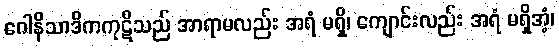
ဂေါနိသာဒိကကုဋိသည် အာရာမလည်း အရံ မရှိ၊ ကျောင်းလည်း အရံ မရှိအံ့၊